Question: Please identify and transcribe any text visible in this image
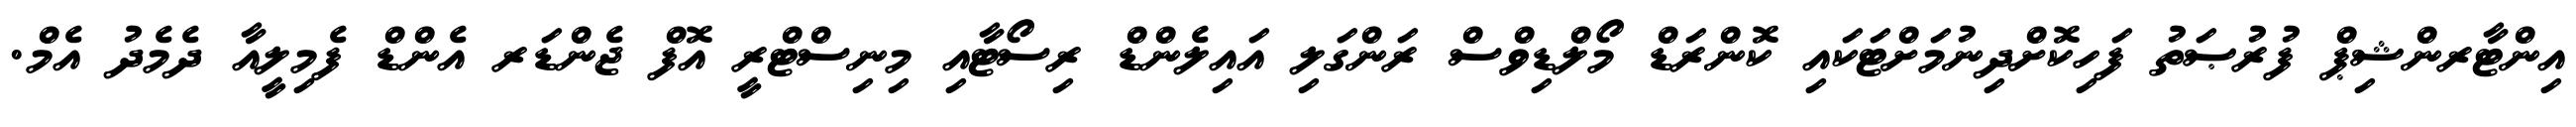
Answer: އިންޓާރންޝިޕް ފުރުޞަތު ފަހިކޮށްދިނުމަށްޓަކައި ކޮންރަޑް މޯލްޑިވްސް ރަންގަލި އައިލެންޑް ރިސޯޓާއި މިނިސްޓްރީ އޮފް ޖެންޑަރ އެންޑް ފެމިލީއާ ދެމެދު އެމް.